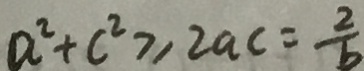
a ^ { 2 } + c ^ { 2 } \geq 2 a c = \frac { 2 } { b }